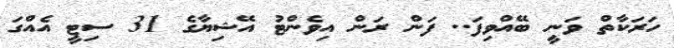
ހަރަކާތް ވަނީ ބޭއްވިފަ.. ފަން ރަން އިވެންޓު އޭޝިޔާގެ 31 ސިޓީ އެއްގަ